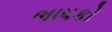
ભાષકો